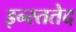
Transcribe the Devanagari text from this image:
इन्स्ततेद